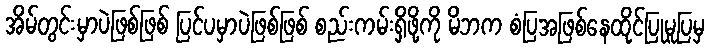
အိမ်တွင်းမှာပဲဖြစ်ဖြစ် ပြင်ပမှာပဲဖြစ်ဖြစ် စည်းကမ်းရှိဖို့ကို မိဘက စံပြအဖြစ်နေထိုင်ပြုမူပြမှ